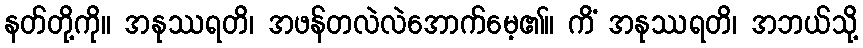
နတ်တို့ကို။ အနုဿရတိ၊ အဖန်တလဲလဲအောက်မေ့၏။ ကိံ အနုဿရတိ၊ အဘယ်သို့